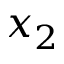
x _ { 2 }